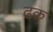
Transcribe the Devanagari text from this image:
ढक़